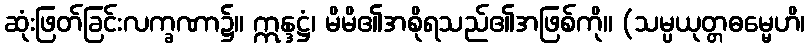
ဆုံးဖြတ်ခြင်းလက္ခဏာ၌။ ဣန္ဒဋ္ဌံ၊ မိမိ၏အစိုရသည်၏အဖြစ်ကို။ (သမ္ပယုတ္တဓမ္မေဟိ၊